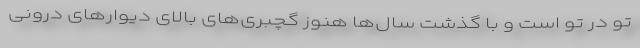
تو در تو است و با گذشت سال‌ها هنوز گچبری‌های بالای دیوارهای درونی